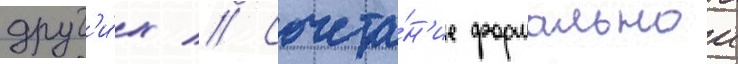
друг'и́х // Сочета́н'ие формальнои